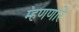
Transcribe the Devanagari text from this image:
म्हणणारे